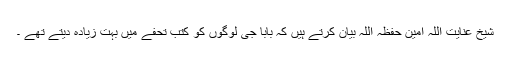
شیخ عنایت اللہ امین حفظہ اللہ بیان کرتے ہیں کہ بابا جی لوگوں کو کتب تحفے میں بہت زیادہ دیتے تھے ۔